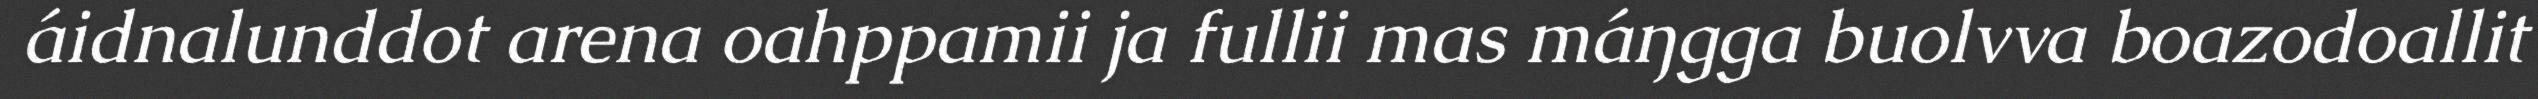
áidnalunddot arena oahppamii ja fullii mas máŋgga buolvva boazodoallit